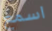
اسمع